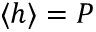
\langle h \rangle = P